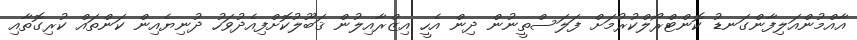
އާއްމުންއަލިފާންގަނޑު ކޮންޓްރޯލްކުރުމަށް ފަލަސްތީނުން ދިން އެހީ އިޒްރާއިލުން ޤަބޫލުކޮށްފިއެދުވަހު ދުނިޔެއިން ކަންތައް ކުރިގޮތާއި